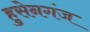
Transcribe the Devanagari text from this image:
हुसेनगंज